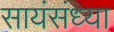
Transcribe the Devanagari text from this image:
सायंसंध्या